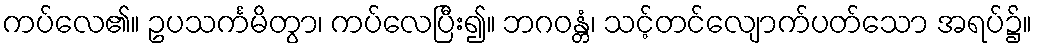
ကပ်လေ၏။ ဥပသင်္ကမိတွာ၊ ကပ်လေပြီး၍။ ဘဂဝန္တံ၊ သင့်တင်လျောက်ပတ်သော အရပ်၌။